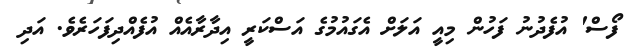
ފޯސް' އުފެދުނު ފަހުން މިއީ އަލަށް އެގައުމުގެ އަސްކަރީ އިދާރާއެއް އުފެއްދިފަހަރެވެ. އަދި